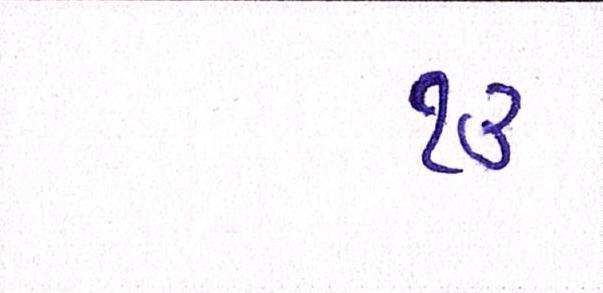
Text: ૧૩